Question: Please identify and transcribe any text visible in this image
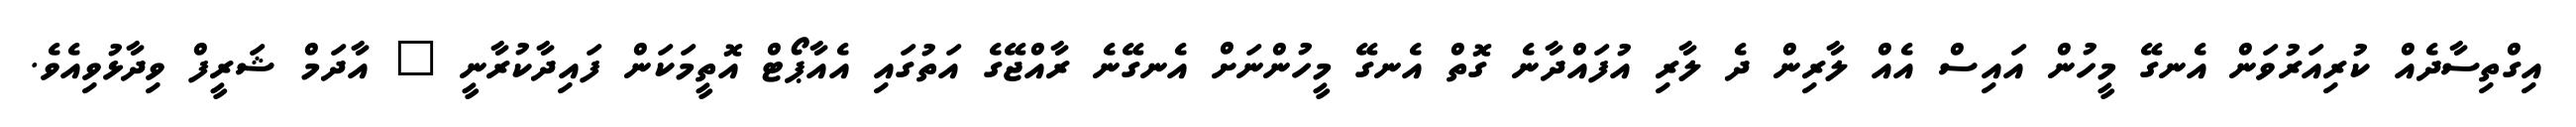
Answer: އިގްތިސާދެއް ކުރިއަރުވަން އެނގޭ މީހުން އައިސް އެއް ލާރިން ދެ ލާރި އުފައްދާނެ ގޮތް އެނގޭ މީހުންނަށް އެނގޭނެ ރާއްޖޭގެ އަތުގައި އެއާޕޯޓް އޮތީމަކަން ފައިދާކުރާނީ " އާދަމް ޝަރީފް ވިދާޅުވިއެވެ.